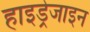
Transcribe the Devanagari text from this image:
हाइड्रेजाइन